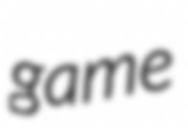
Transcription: game